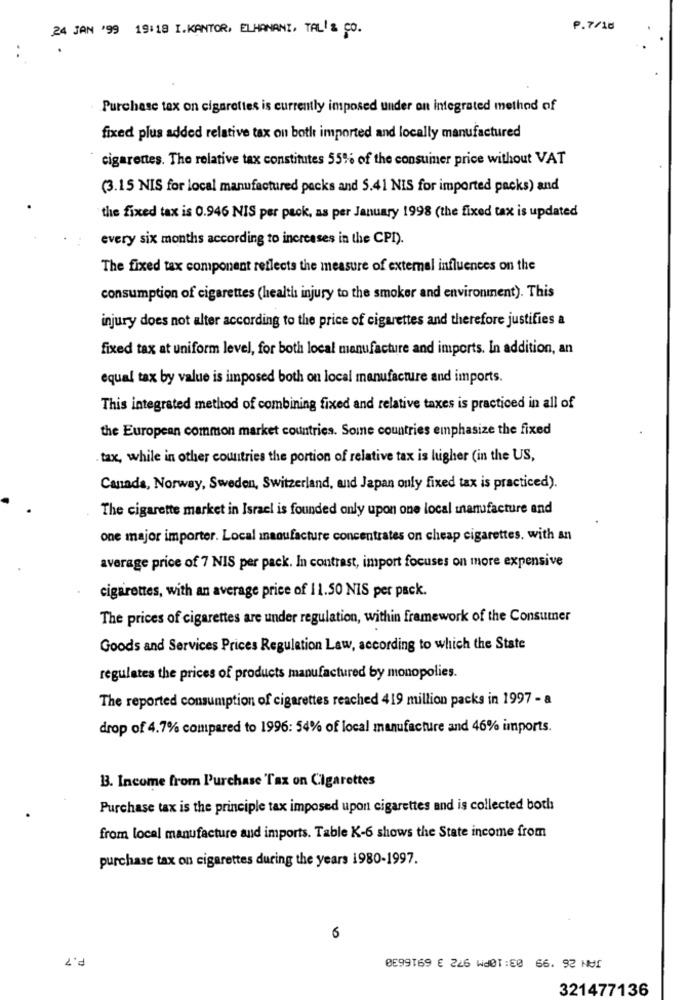
24 JAN '99 19:18 I.KANTOR, ELHANANI, TAL' & CO.
P.7/10
..
Purchase tax on cigarettes is currently imposed under on integrated method of
fixed plus added relative tax on both imported and locally manufactured
cigarettes. The relative tax constitutes 55% of the consumer price without VAT
(3.15 NIS for local manufactured packs and 5.41 NIS for imported packs) and
the fixed tax is 0.946 NIS per pack, as per January 1998 (the fixed tax is updated
every six months according to increases in the CPI).
The fixed tax component reflects the measure of external influences on the
consumption of cigarettes (health injury to the smoker and environment). This
injury does not alter according to the price of cigarettes and therefore justifies a
fixed tax at uniform level, for both local manufacture and imports. In addition, an
equal tax by value is imposed both on local manufacture and imports.
This integrated method of combining fixed and relative taxes is practiced in all of
the European common market countries. Some countries emphasize the fixed
tax, while in other countries the portion of relative tax is higher (in the US,
Canada, Norway, Sweden, Switzerland, and Japan only fixed tax is practiced).
The cigarette market in Israel is founded only upon one local manufacture and
one major importer. Local manufacture concentrates on cheap cigarettes, with an
average price of 7 NIS per pack. In contrast, import focuses on more expensive
cigarettes, with an average price of 11.50 NIS per pack.
The prices of cigarettes are under regulation, within framework of the Consumer
Goods and Services Prices Regulation Law, according to which the State
regulates the prices of products manufactured by monopolies.
The reported consumption of cigarettes reached 419 million packs in 1997 - a
drop of 4.7% compared to 1996: 54% of local manufacture and 46% imports.
B. Income from Purchase Tax on Cigarettes
Purchase tax is the principle tax imposed upon cigarettes and is collected both
from local manufacture and imports. Table K-6 shows the State income from
purchase tax on cigarettes during the years 1980-1997.
6
P. 7
0599169 € 226 W001:80 66. 92 NUT
321477136